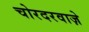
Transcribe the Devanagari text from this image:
चोरदरवाज़े